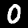
Digit: 0